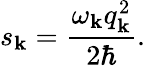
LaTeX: s_{\mathbf{k}}=\frac{{\omega_{\mathbf{k}}q_{\mathbf{k}}^{2}}}{{2\hbar}}.